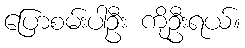
ပြောစမ်းပါဦး ကိုဦးရယ်။